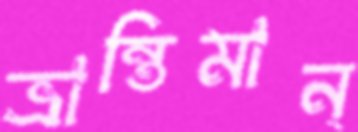
ভ্রান্তিমান্‌